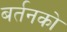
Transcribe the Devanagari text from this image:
बर्तनको